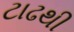
ટાઢથી